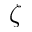
\zeta